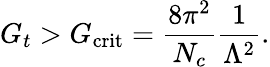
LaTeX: G_{t}>G_{\mathrm{crit}}=\frac{8\pi^{2}}{N_{c}}\frac{1}{\Lambda^{2}}.